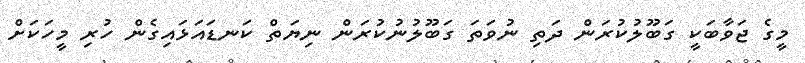
މީގެ ޖަވާބަކީ ގަބޫލުކުރަން ދަތި ނުވަތަ ގަބޫލުނުކުރަން ނިޔަތް ކަނޑައަޅައިގެން ހުރި މީހަކަށް